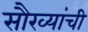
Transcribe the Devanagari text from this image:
सौख्यांची